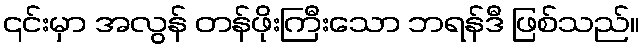
၎င်းမှာ အလွန် တန်ဖိုးကြီးသော ဘရန်ဒီ ဖြစ်သည်။